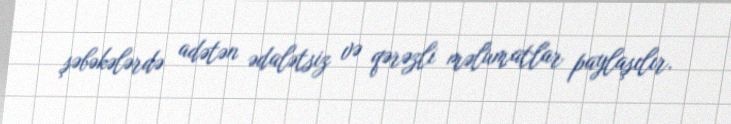
şəbəkələrdə adətən ədalətsiz və qərəzli məlumatlar paylaşılır.